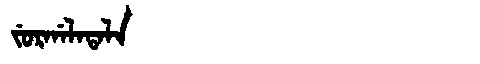
Manchu: ᠵᡠᡵᡤᠠᠯᠠᡨᠠᠯᠠ
Romanization: JURGALATALA